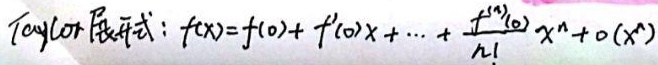
Taylor 展开式：\(f(x)=f(0)+f^{\prime}(0)x+\cdots+\frac{f^{(n)}(0)}{n!}x^{n}+o(x^{n})\)